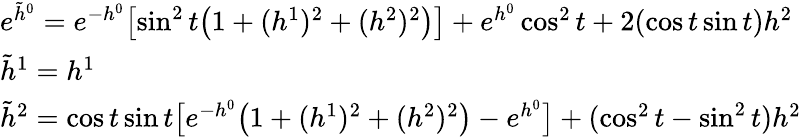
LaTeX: \begin{array}{l}{{e^{\tilde{h}^{0}}=e^{-h^{0}}\bigl[\sin^{2}t\bigl(1+(h^{1})^{2}+(h^{2})^{2}\bigr)\bigr]+e^{h^{0}}\cos^{2}t+2(\cos t\sin t)h^{2}}}\\ {{\tilde{h}^{1}=h^{1}}}\\ {{\tilde{h}^{2}=\cos t\sin t\bigl[e^{-h^{0}}\bigl(1+(h^{1})^{2}+(h^{2})^{2}\bigr)-e^{h^{0}}\bigr]+(\cos^{2}t-\sin^{2}t)h^{2}}}\end{array}